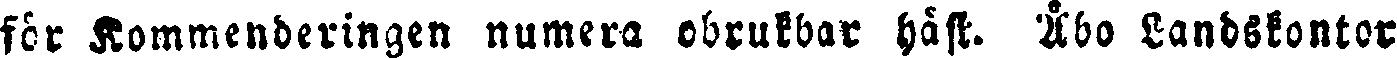
för Kommenderingen numera obrukbar häst. Åbo Landskontor